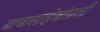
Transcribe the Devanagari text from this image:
बाबासाहेबांप्रती